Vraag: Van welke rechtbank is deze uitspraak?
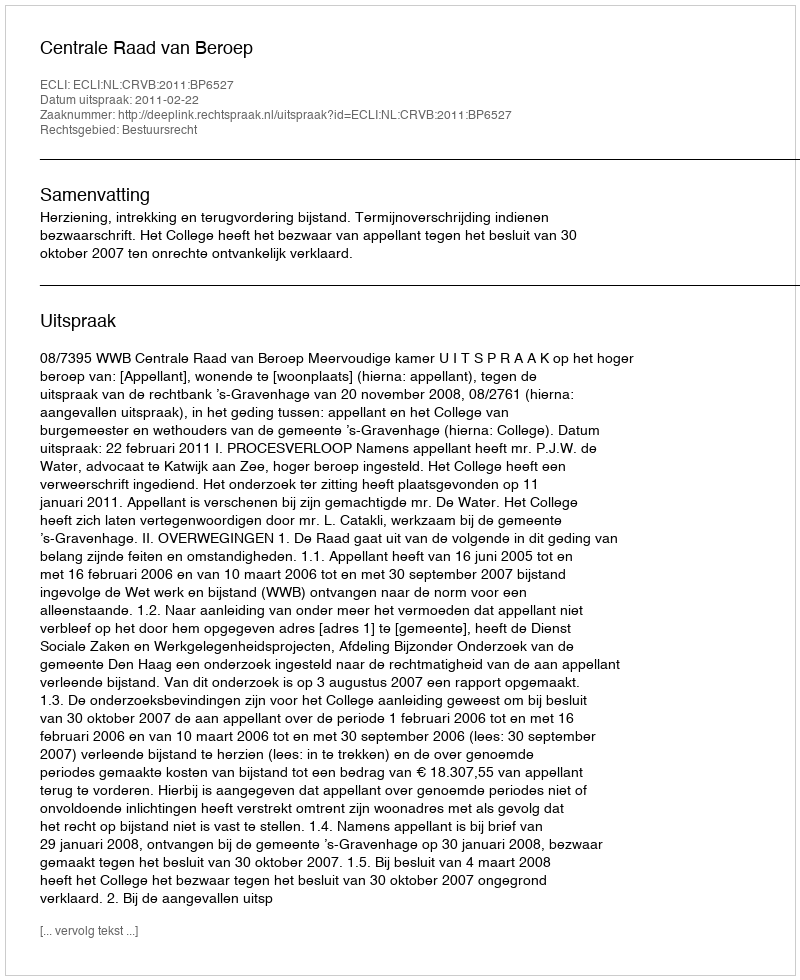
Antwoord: Centrale Raad van Beroep